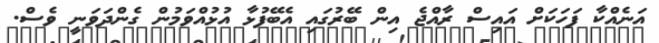
އަނެއްކާ ފަހަކަށް އައިސް ރާއްޖެ އިން ބޭރުގައި އެބޭފުޅާ އުޅުއްވަމުން ގެންދަވަނީ ވެސް.